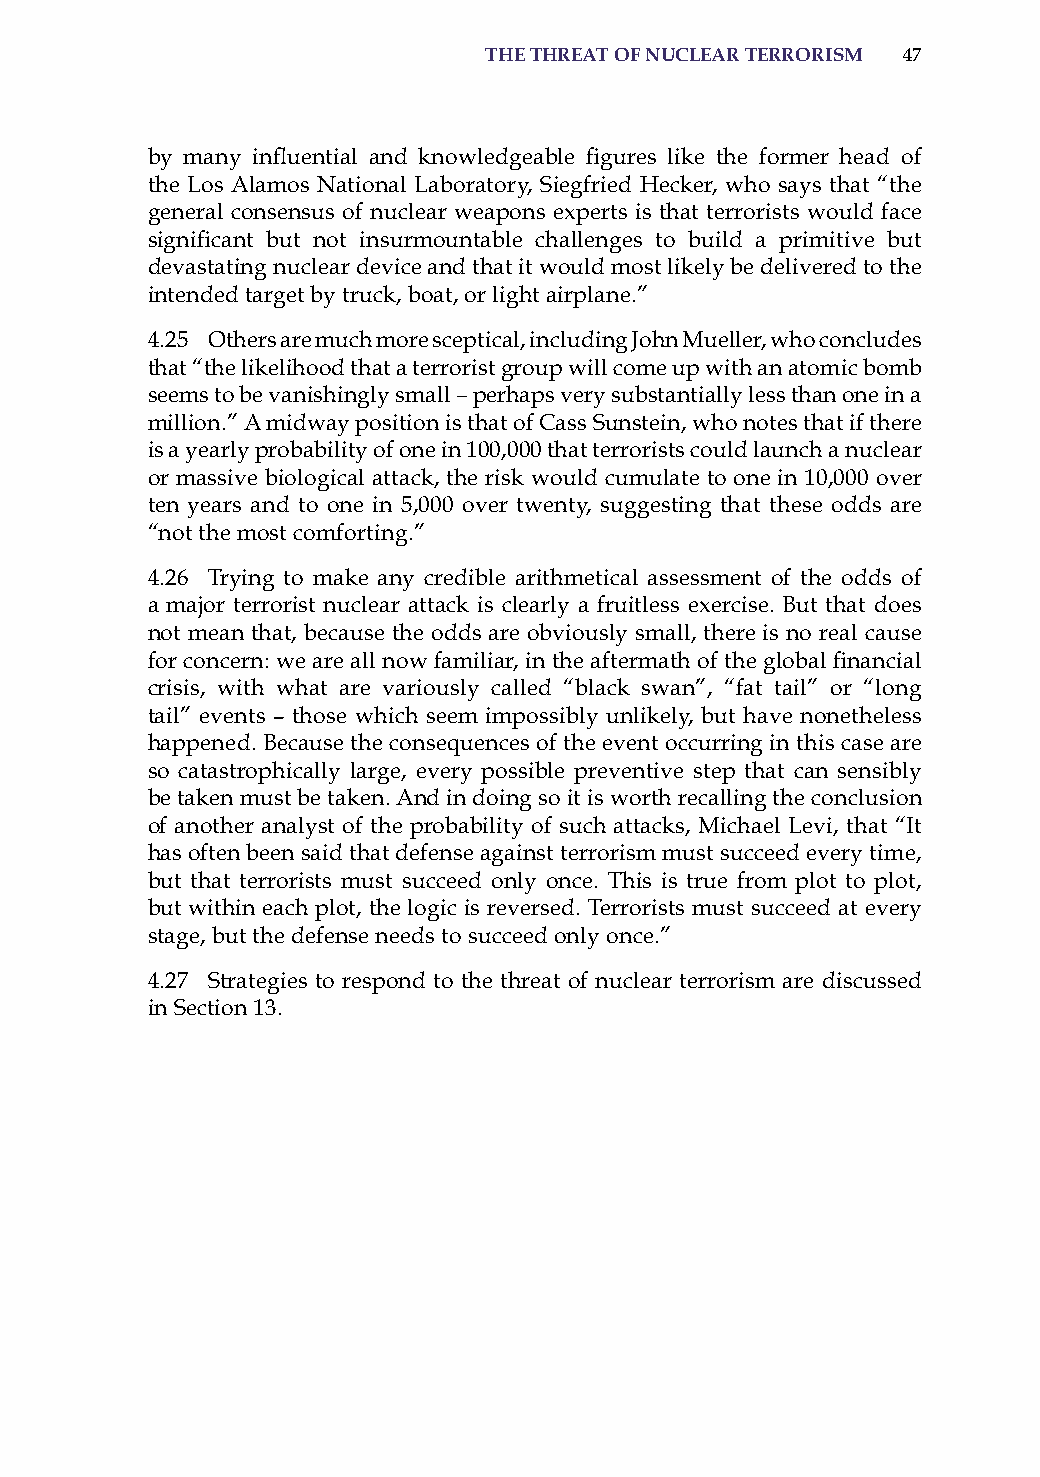
the threat of nuclear terrorism 47
 by many influential and knowledgeable figures like the former head of
 the Los alamos National Laboratory, siegfried hecker, who says that “the
 general consensus of nuclear weapons experts is that terrorists would face
 significant but not insurmountable challenges to build a primitive but
 devastating nuclear device and that it would most likely be delivered to the
 intended target by truck, boat, or light airplane.”
 4.25 others are much more sceptical, including John Mueller, who concludes
 that “the likelihood that a terrorist group will come up with an atomic bomb
 seems to be vanishingly small – perhaps very substantially less than one in a
 million.” a midway position is that of Cass sunstein, who notes that if there
 is a yearly probability of one in 100,000 that terrorists could launch a nuclear
 or massive biological attack, the risk would cumulate to one in 10,000 over
 ten years and to one in 5,000 over twenty, suggesting that these odds are
 “not the most comforting.”
 4.26 Trying to make any credible arithmetical assessment of the odds of
 a major terrorist nuclear attack is clearly a fruitless exercise. But that does
 not mean that, because the odds are obviously small, there is no real cause
 for concern: we are all now familiar, in the aftermath of the global financial
 crisis, with what are variously called “black swan”, “fat tail” or “long
 tail” events – those which seem impossibly unlikely, but have nonetheless
 happened. Because the consequences of the event occurring in this case are
 so catastrophically large, every possible preventive step that can sensibly
 be taken must be taken. and in doing so it is worth recalling the conclusion
 of another analyst of the probability of such attacks, Michael Levi, that “it
 has often been said that defense against terrorism must succeed every time,
 but that terrorists must succeed only once. This is true from plot to plot,
 but within each plot, the logic is reversed. Terrorists must succeed at every
 stage, but the defense needs to succeed only once.”
 4.27 strategies to respond to the threat of nuclear terrorism are discussed
 in section 13.